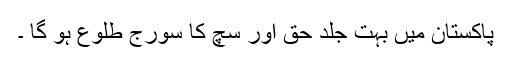
پاکستان میں بہت جلد حق اور سچ کا سورج طلوع ہو گا ۔